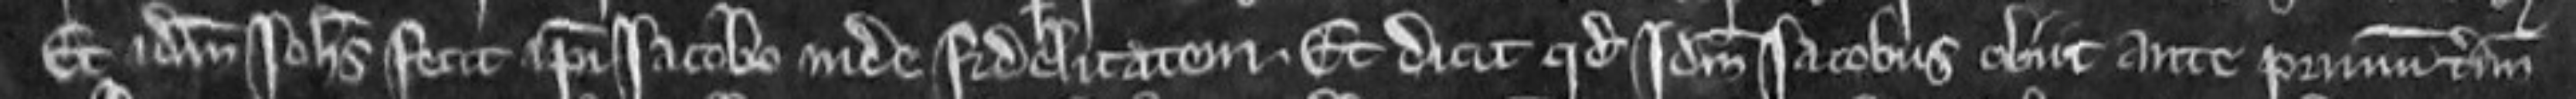
Et idem Johannes fecit ipsi Jacobo inde fidelitatem. Et dicunt quod idem Jacobus obiit ante primum terminum